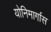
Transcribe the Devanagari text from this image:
योनिमार्गास